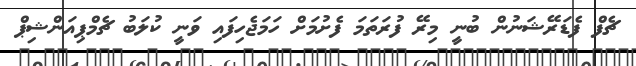
ޗެފް ފެޑަރޭޝަނުން ބުނީ މިރޭ ފުރަތަމަ ފެށުމަށް ހަމަޖެހިފައި ވަނީ ކުލަބު ޗެމްޕިއަންޝިޕް